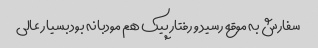
سفارش به موقع رسید و رفتار پیک هم مودبانه بود بسیار عالی